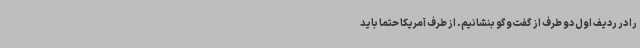
را در ردیف اول دو طرف از گفت‌وگو بنشانیم. از طرف آمریکا حتما باید